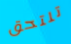
تلتحق